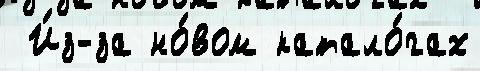
 И́з-за но́вом катало́гах